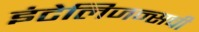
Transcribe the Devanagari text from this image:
इंटेलिजन्सची